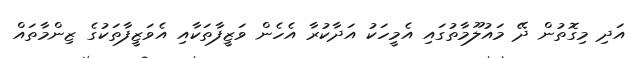
އަދި މިގޮތުން ދޭ މައުލޫމާތުގައި އެމީހަކު އަދާކުރާ އެހެން ވަޒީފާތަކާއި އެވަޒީފާތަކުގެ ޒިންމާތައް